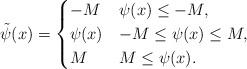
LaTeX: \begin{align*} \tilde\psi(x) = \begin{cases} -M & \psi(x) \leq -M, \\ \psi(x) & -M \leq \psi(x) \leq M, \\ M & M \leq \psi(x). \end{cases}\end{align*}